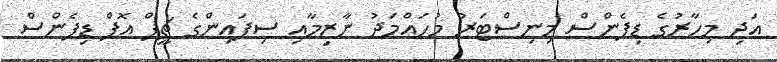
އަދި މިހާރުގެ ޑިފެންސް މިނިސްޓަރު މުހައްމަދު ނާޒިމާއި ސިފައިންގެ ޗީފް އޮފް ޑިފެންސް